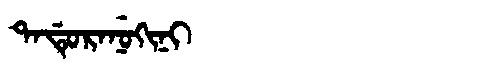
Manchu: ᡨᠠᡩᡠᡵᠠᠨᡠᡴᡳᠨᡳ
Romanization: TADURANUKINI